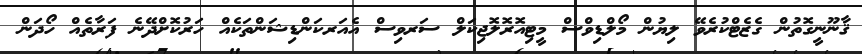
ޤާނޫނީގޮތުން ގެޒެޓްކުރެވޭ ލިޔުން މޯލްޑިވްސް މީޓިއޮރޮލޮޖިކަލް ސަރވިސް އެއަރކަންޑިޝަންތަކެއް ހަރުކޮށްދޭނެ ފަރާތެއް ހޯދަން